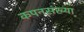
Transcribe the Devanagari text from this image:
कपनसंख्या